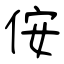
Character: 侒